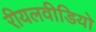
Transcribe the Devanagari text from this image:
रीयलवीडियो